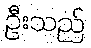
ဦးသည်